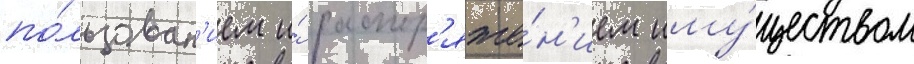
по́льзован'ием и́ распор'яже́н'ием иму́ществом